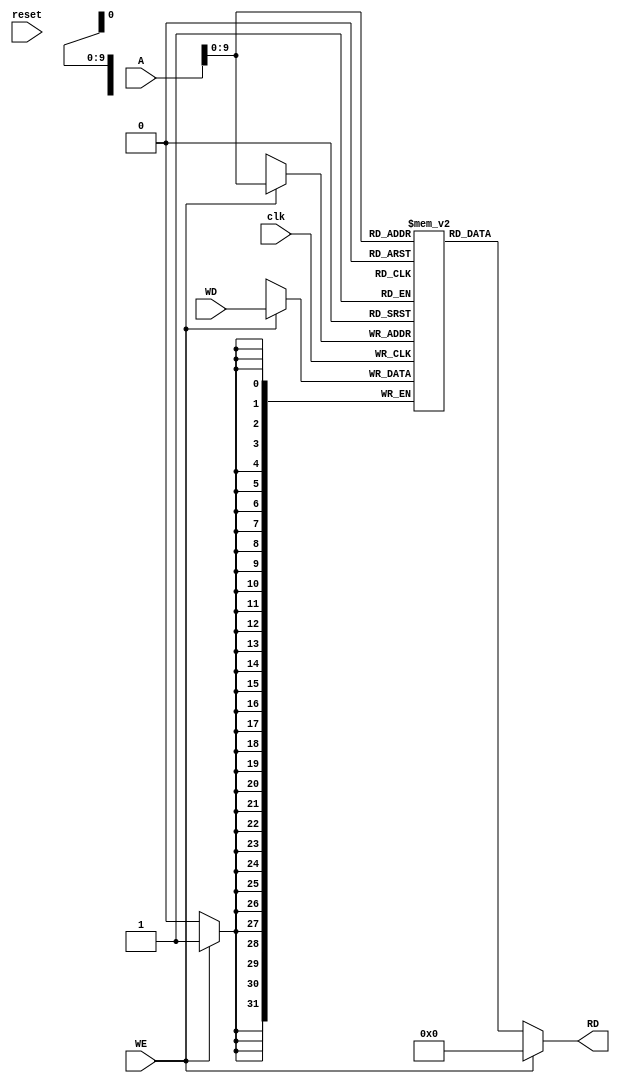
module data_memory(clk,A,WD,WE,RD,reset);

    input[31:0] A,WD;
    input WE,clk,reset;
    output [31:0] RD;

    reg[31:0] memory [1023:0];


    assign RD = (WE == 1'b0) ? memory[A] : 32'd0;

    always@(posedge clk) begin
        if(WE == 1'b1) begin
            memory[A] <=  WD;
        end
    end

endmodule